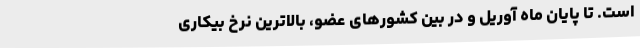
است. تا پایان ماه آوریل و در بین کشورهای عضو، بالاترین نرخ بیکاری